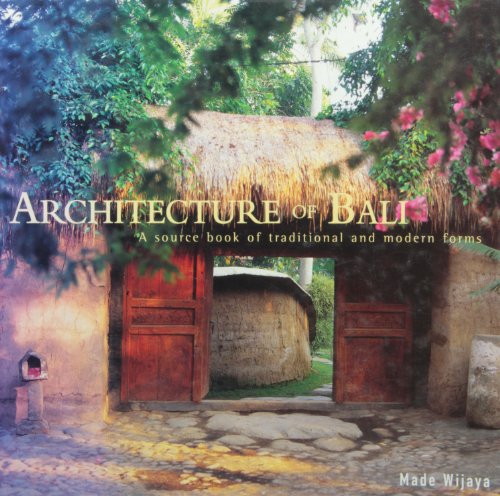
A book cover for Architecture of Bali: A Source Book of Traditional and Modern Forms (Latitude 20 Books); Made Wijaya; Arts & Photography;